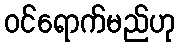
ဝင်ရောက်မည်ဟု